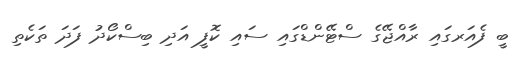
ބީ ފެއަރގައި ރާއްޖޭގެ ސްޓޭންޑްގައި ސައި ކޮފީ އަދި ބިސްކޯދު ފަދަ ތަކެތި